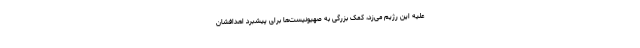
علیه این رژیم می‌زد، کمک بزرگی به صهیونیست‌ها برای پیشبرد اهدافشان